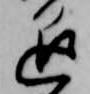
退